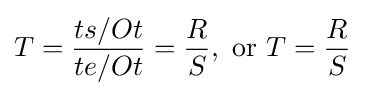
T={\frac {ts/Ot}{te/Ot}}={\frac {R}{S}},{\text{ or }}T={\frac {R}{S}}